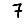
Digit: 7